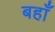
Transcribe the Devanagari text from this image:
बहाँ